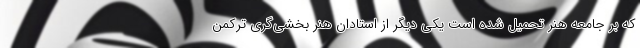
که بر جامعه هنر تحمیل شده است یکی دیگر از استادان هنر بخشی‌گری ترکمن